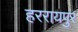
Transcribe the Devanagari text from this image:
हररायपुर